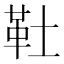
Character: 靯